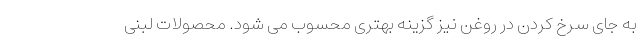
به جای سرخ کردن در روغن نیز گزینه بهتری محسوب می شود. محصولات لبنی